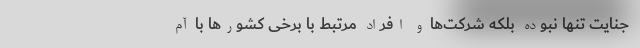
جنایت تنها نبوده بلکه شرکت‌ها و افراد مرتبط با برخی کشور‌ها با آم